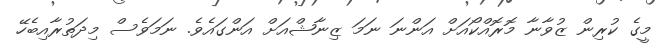
މީގެ ކުރިން ޒުވާނާ މޮރޮއްކޯއަށް އަންނަ ނަމަ ޒިނާޝްއަށް އަންގައެވެ. ނަމަވެސް މިދަތުރާއިބެހޭ